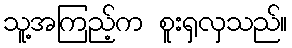
သူ့အကြည့်က စူးရှလှသည်။